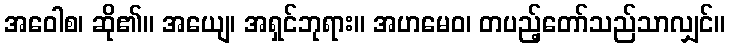
အဝေါစ၊ ဆို၏။ အယျေ၊ အရှင်ဘုရား။ အဟမေဝ၊ တပည့်တော်သည်သာလျှင်။